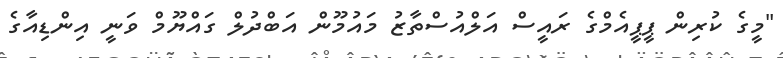
"މީގެ ކުރިން ޕީޕީއެމްގެ ރައީސް އަލްއުސްތާޒު މައުމޫން އަބްދުލް ގައްޔޫމް ވަނީ އިންޑިއާގެ